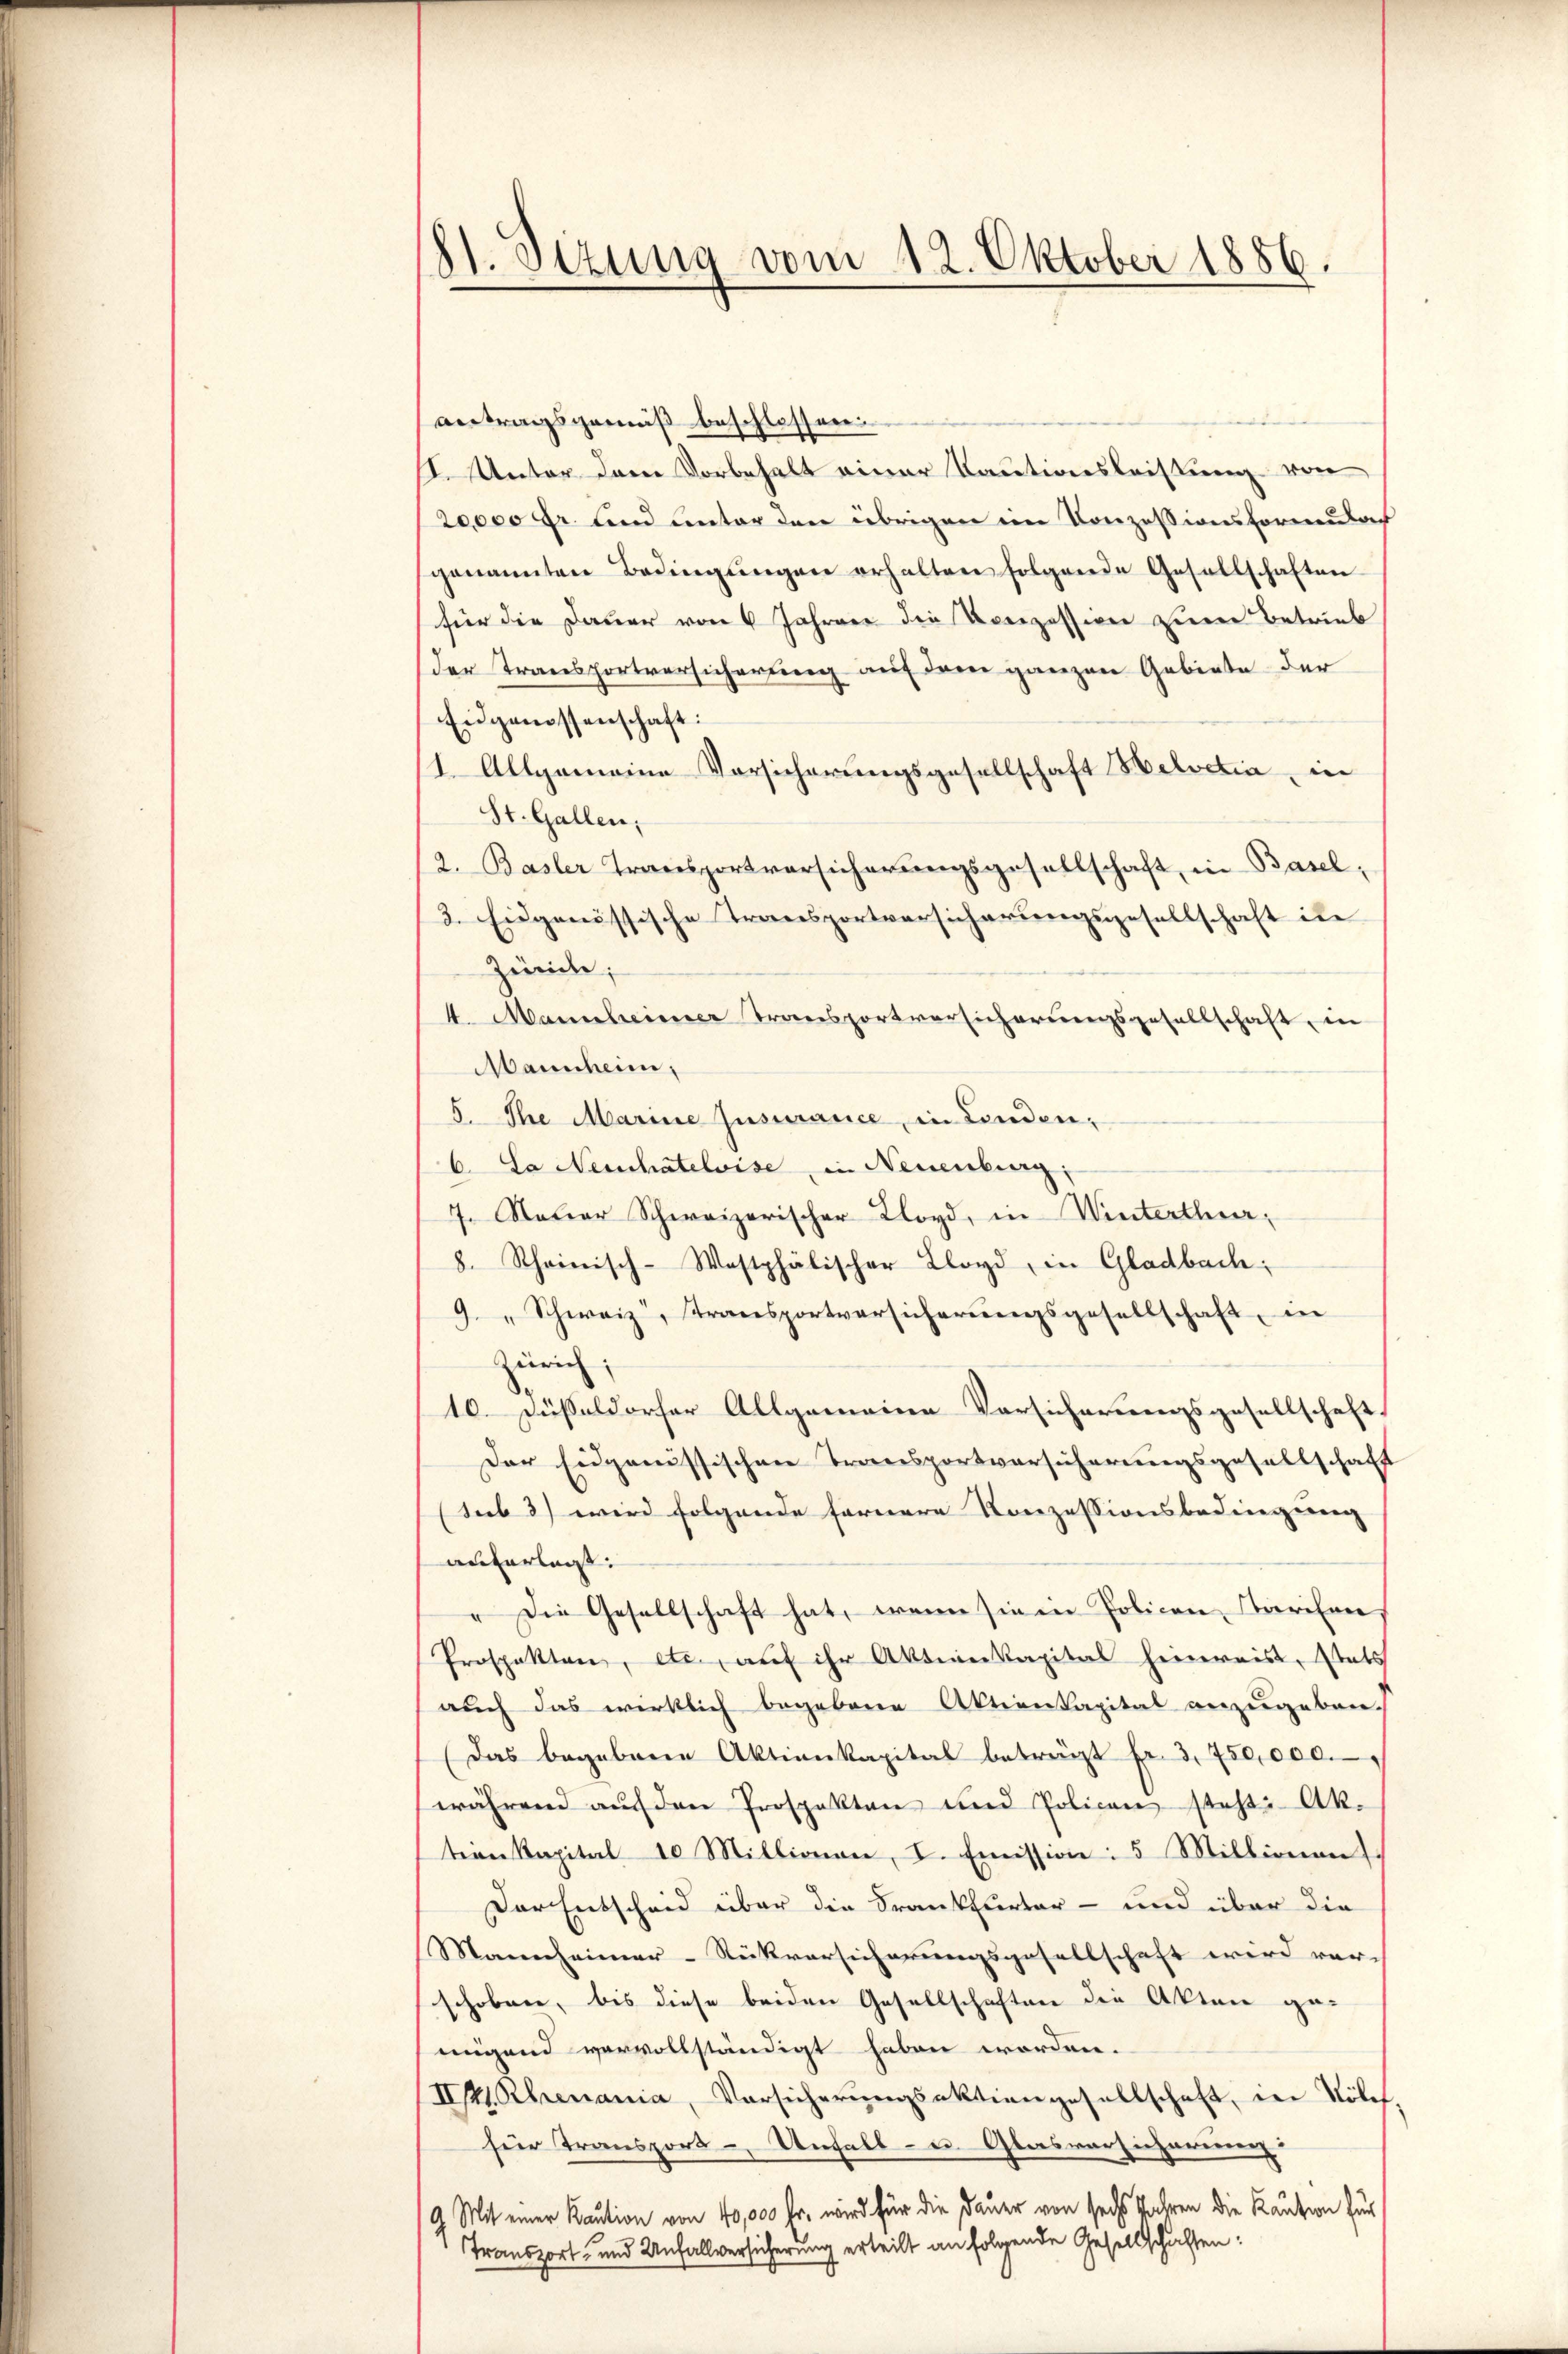
81. Sizung vom 12. Oktober 1886.

antragsgemäß beschlossen
I. Unter dem Vorbehalt einer Kautionsleistung von
20,000 fr. und unter den übrigen im Konzessionsformular
genannten Bedingŭngen erhalten folgende Gesellschaften
für die Dauer von 6 Jahren die Konzession zum Betrieb
der Transportversicherung auf dem ganzen Gebiete der
Eidgenossenschaft:
(1. Allgemeine Vorsicherungsgesellschaft Helvetia, in
St. Gallen,
2. Basler Transportversicherungsgesellschaft, in Basel,
2. Eidgenössische Transportversicherungsgesellschaft in
Zivile;
4. Mannheimer Transportversicherungsgesellschaft, in
Mannheim,
5. Ihre Marine Jusurance, in Linden,
6. La Neuchâtelvise, in Neuenburg;
7. Notar Schweizerischer Kloyd, in Winterthur,
8. Rheinisch-Westphälischer Lloyd in Gladbach;
9. "Schweiz, Transportversicherŭngsgesellschaft, in
Zürich;
10. Fußsaldorfer Allgemeine Vorsicherungsgesellschaft,
Der Eidgenössischen Transportversicherungsgesellschaft
(sub 3) wird folgende fernere Konzessionsbedingung
anterlag:
" Die Gesellschaft hat, wenn sie in Policen Tarifen,
Prospekten, etc., auf ihr Aktiverkapital hinreis, stats
auch das wirklich begebene Aktienkapital anzugeben-
Das begebene Aktienkapital beträgt fr. 3. 750,000.
während auf den Prospekten und Policen steht: Aktern Kapital 10 Millionen, I. Emission: 5 Millionen
Der Entscheid über die Frankfurter - und über die
Mannheimer-Rückversicherungsgesellschaft wird ver-
schoben, bis diese beiden Gesellschaften die Akten ge-
migend vervollständigt haben worden.
III. Rhenania, Vorsicherŭngsaktiengesellschaft, in Sole
für Transport- Unfall - u. Glasversicherenen
9 Mit einer Kaution von 40,000 Fr. wird für die Dauer von sechs Jahren die Kaution zur
Transport- und Unfallversicherung erteilt an folgende Gesellschaften: